NASA-UAP-D2, Apollo 17 Transcript, 1972
Agency: NASA
Incident date: 1972
Incident location: Moon
Page 1
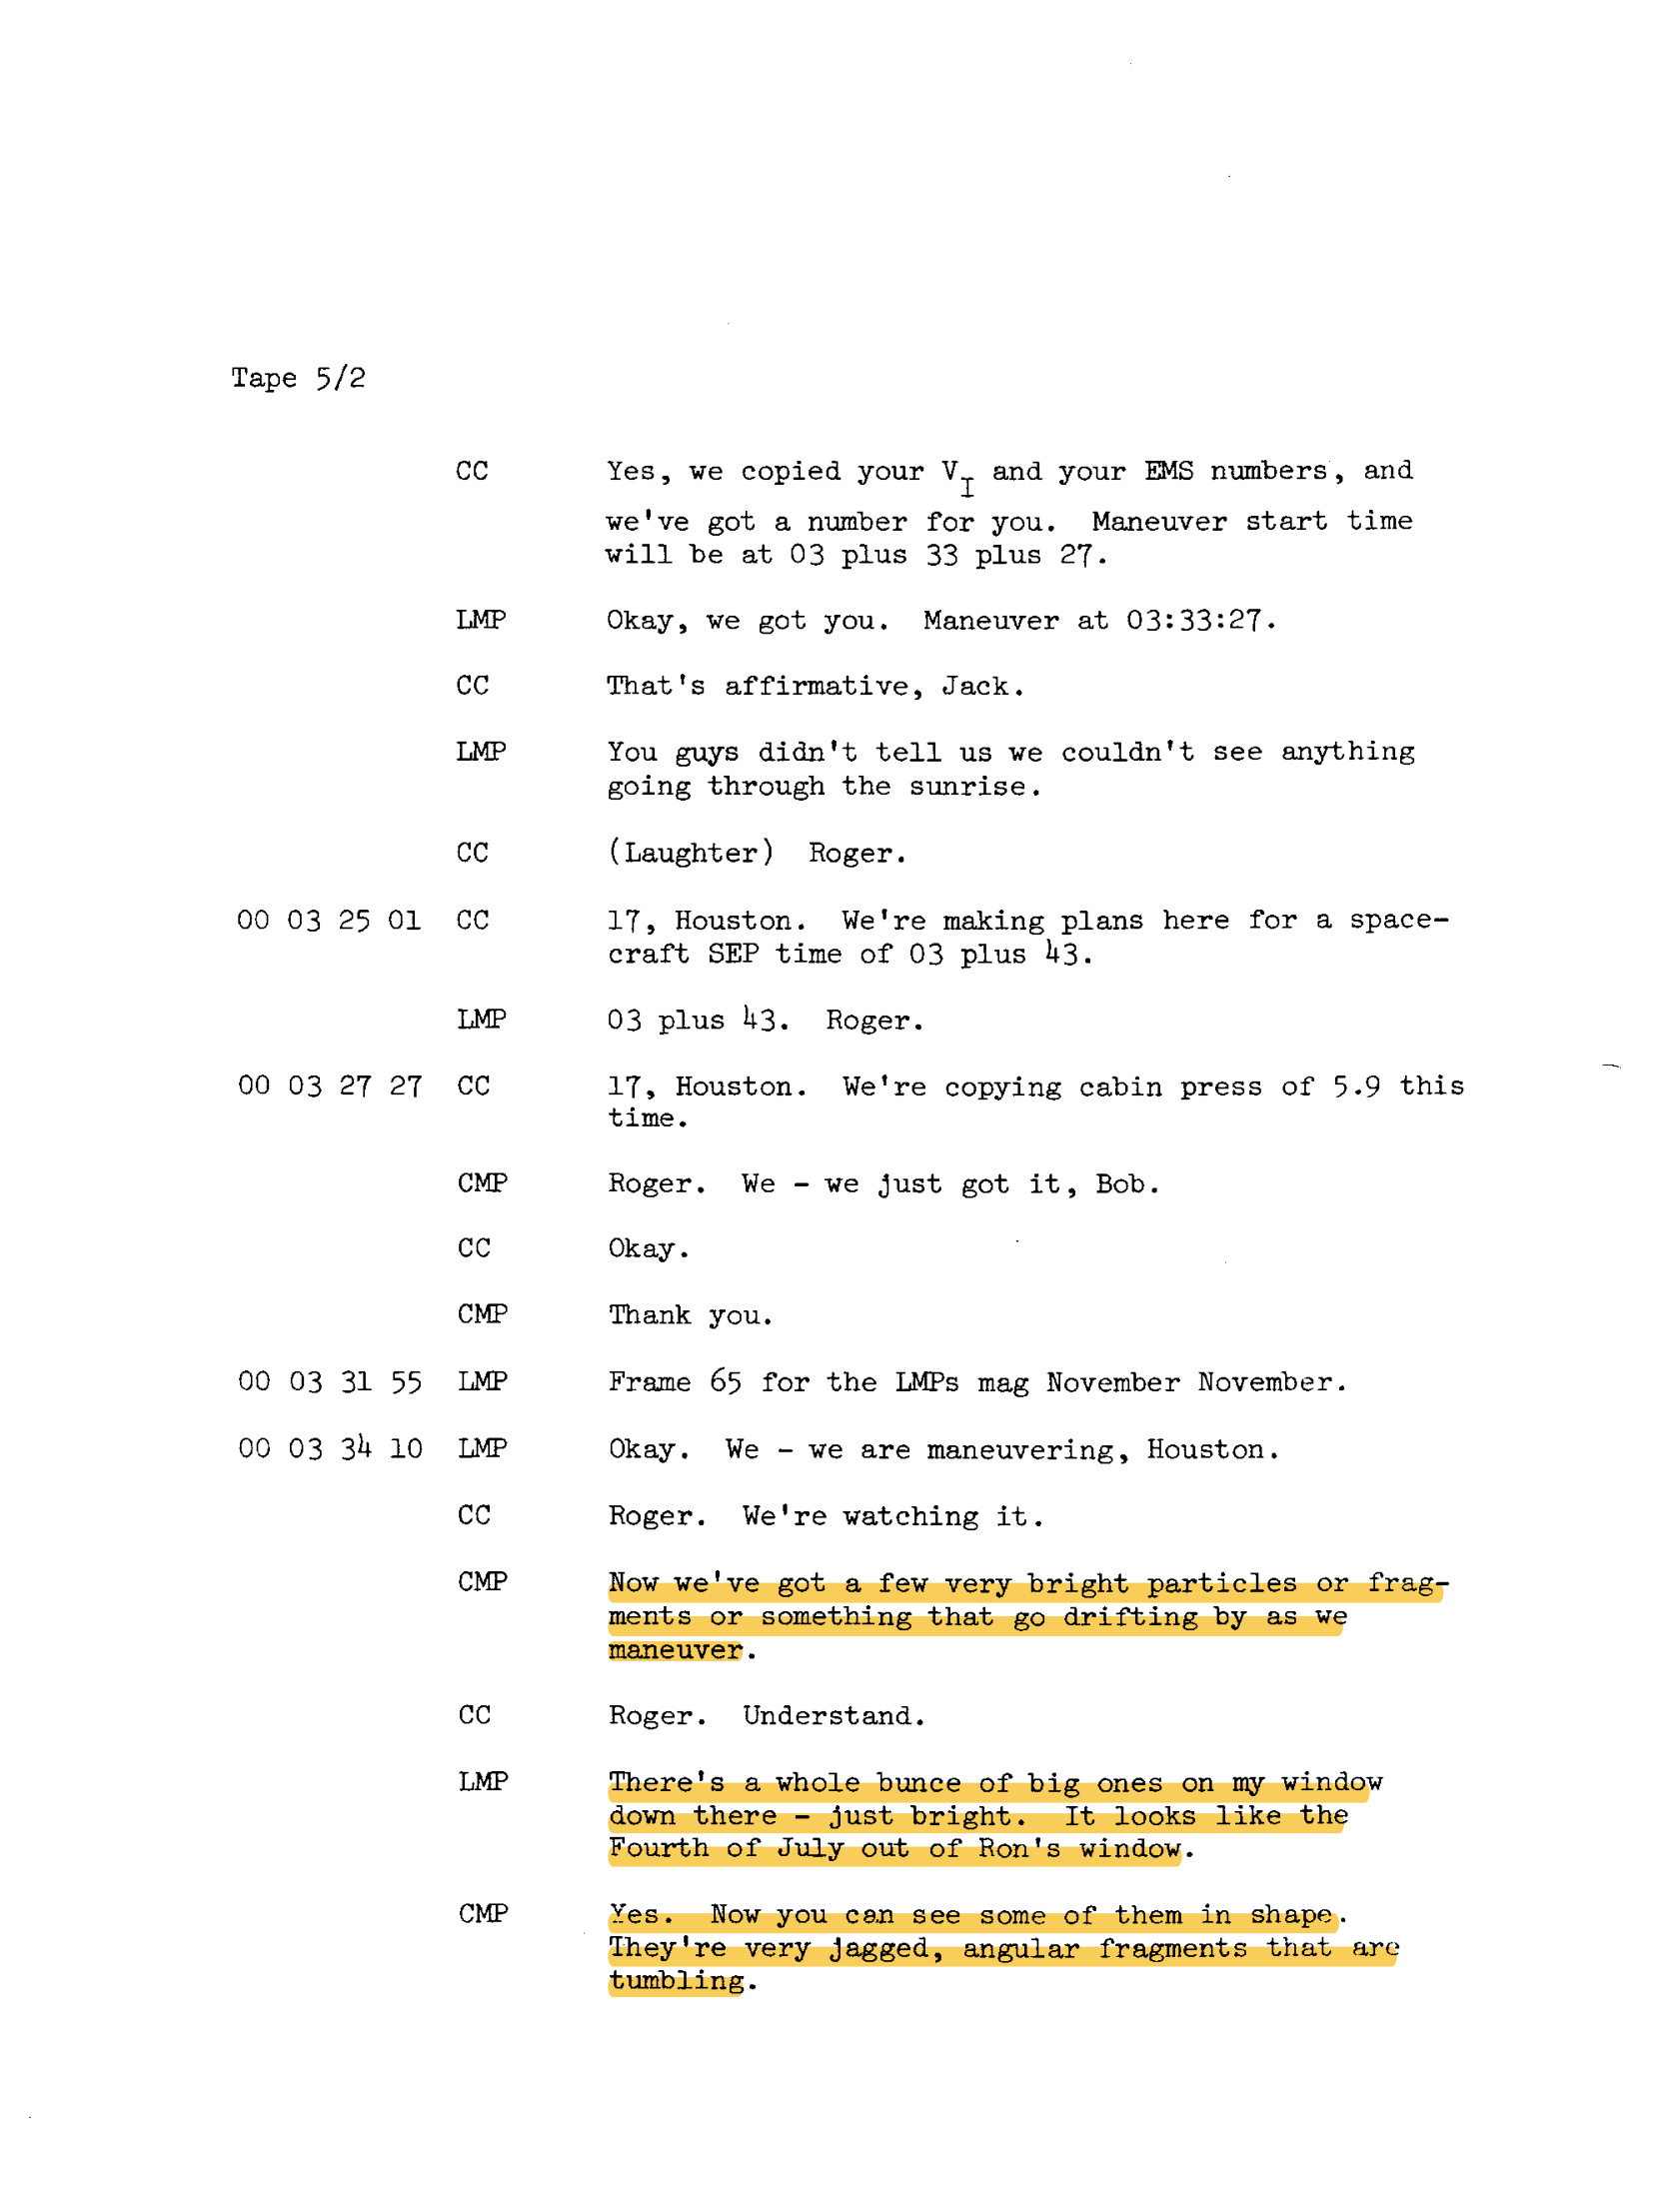